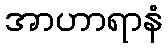
အာဟာရာနံ